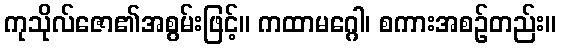
ကုသိုလ်ဇော၏အစွမ်းဖြင့်။ ကထာမဂ္ဂေါ၊ စကားအစဉ်တည်း။